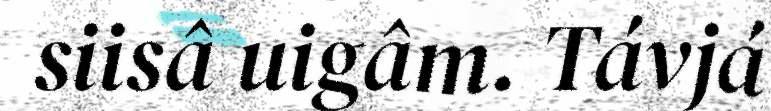
siisâ uigâm. Távjá